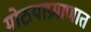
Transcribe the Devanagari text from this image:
मोठयाप्रमाणात